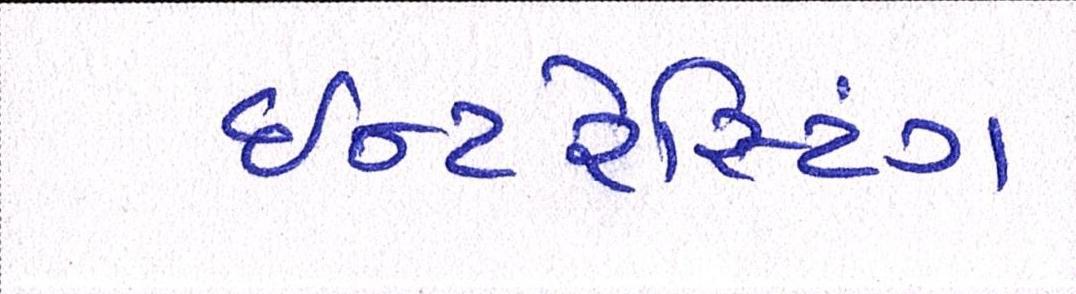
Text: ઇન્ટરેસ્ટિંગ